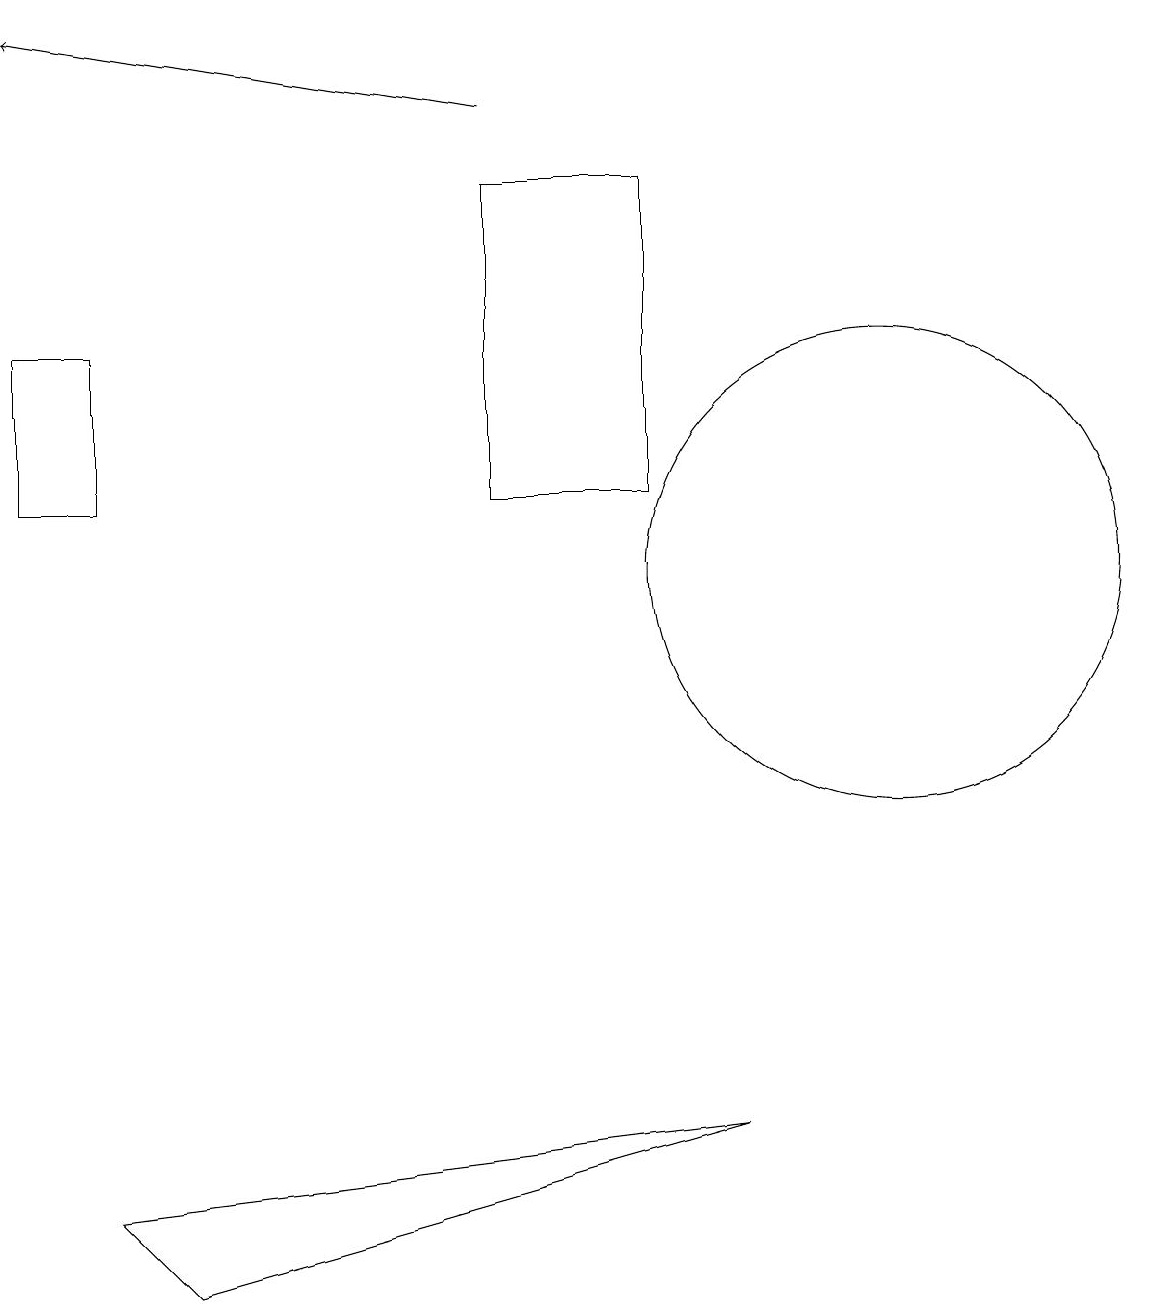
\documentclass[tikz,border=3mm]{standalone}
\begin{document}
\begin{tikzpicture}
\draw (9,4) -- (1,3) -- (2,2) -- cycle;
\draw (11,11) circle (3);
\draw (6,16) rectangle (8,12);
\draw (0,14) rectangle (1,12);
\draw (11,11) circle (0);
\draw[->] (6,17) -- (0,18);
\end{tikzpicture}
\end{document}